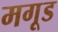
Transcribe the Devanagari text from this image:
मगूड